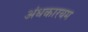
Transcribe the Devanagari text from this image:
अंधकारयम